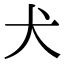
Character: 犬